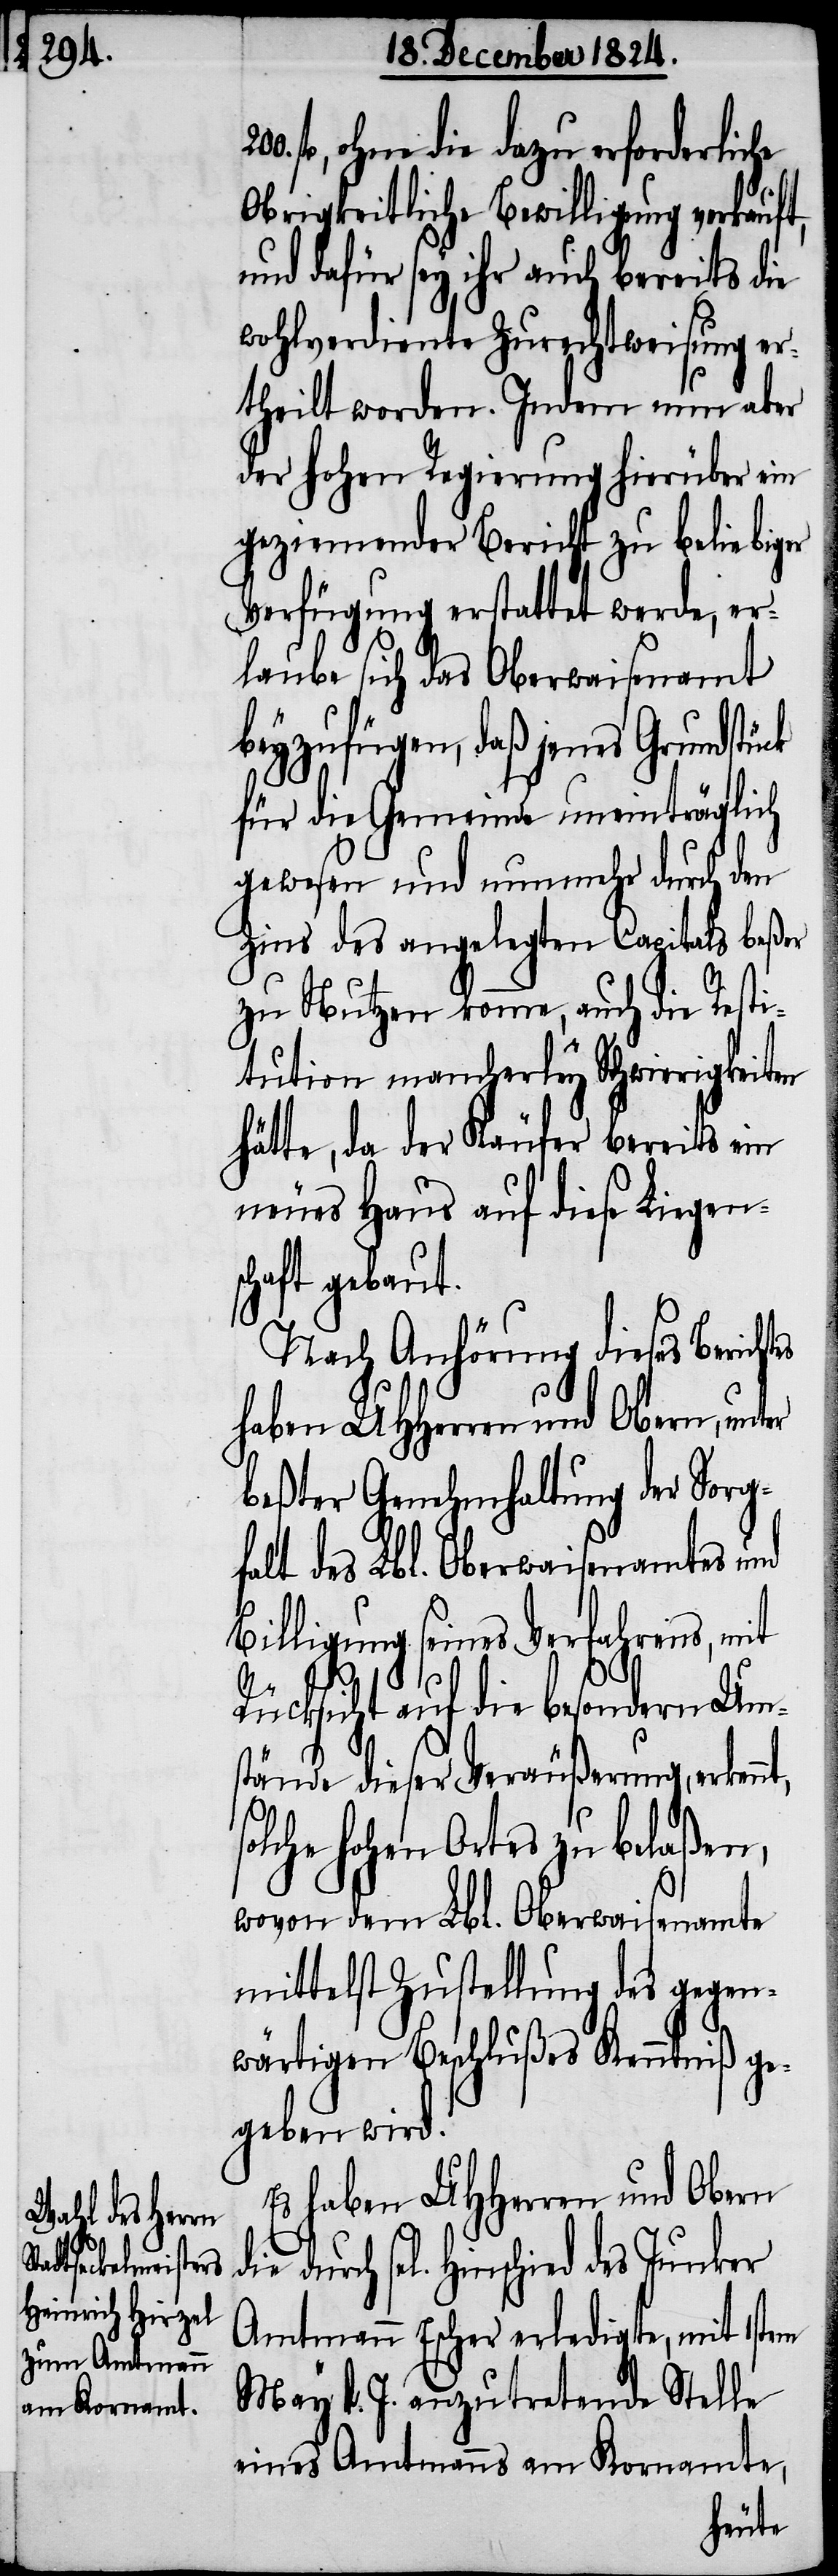
200.

fl, ohne die dazu erforderliche
Obrigkeitliche Bewilligung verkauft,
und dafür sey ihr auch bereits die
wohlverdiente Zurechtweisung er¬
theilt worden. Indem nun aber
der hohen Regierung hierüber ein
geziemender Bericht zu beliebiger
Verfügung erstattet werde, er¬
laube sich das Oberwaisenamt
beyzufügen, daß jenes Grundstü¬
für die Gemeinde uneinträglich
gewesen und nunmehr durch den
Zins des angelegten Capitals beßer
zu Nutzen komme, auch die Resti¬
tution mancherley Schwierigkeiten
hätte, da der Käufer bereits ein
neues Haus auf diese Liegens¬
chaft gebaut.
Nach Anhörung dieses Bericht¬
beßter Genehmhaltung der Sorg¬
falt des Lbl. Oberwaisenamtes und
Billigung seines Verfahrens, mit
s¬
Rücksicht auf die besondern Ums¬
tände dieser Veräußerung, erken¬
olche hohen Ortes zu belaßen,
wovon dem Lbl. Oberwaisenamte
mittelst Zustellung des gegen¬
wärtigen Beschlußes Kenntniß ge¬
geben wird.
Es haben UHHerren und Obern
sel[igen] Hinschied des Junker
Amtmann Escher erledigte, mit 1stem
May d. J. anzutretende Stelle
eines Amtmanns am Kornamte,
unter